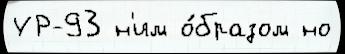
УР-93 н'им о́бразом но